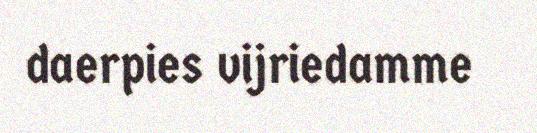
daerpies vijriedamme